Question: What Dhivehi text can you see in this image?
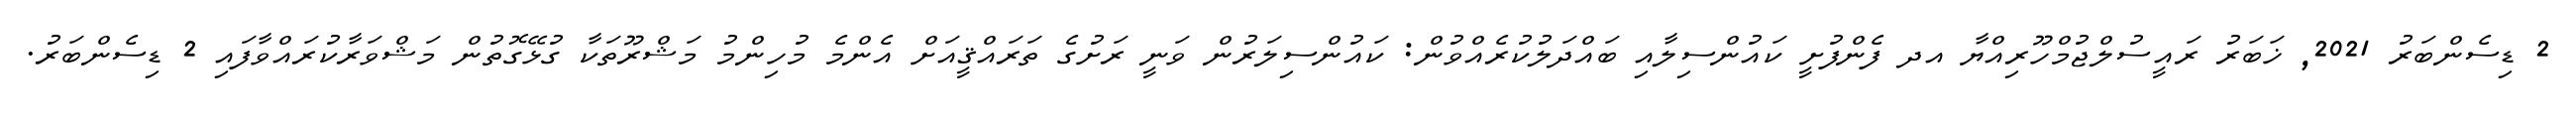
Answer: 2 ޑިސެންބަރު 2021, ޚަބަރު ރައީސުލްޖުމްހޫރިއްޔާ އދ ފެންފުށީ ކައުންސިލާއި ބައްދަލުކުރެއްވުން: ކައުންސިލަރުން ވަނީ ރަށުގެ ތަރައްޤީއަށް އެންމެ މުހިންމު މަޝްރޫތަކާ ގުޅޭގޮތުން މަޝްވަރާކުރައްވާފައި 2 ޑިސެންބަރު.